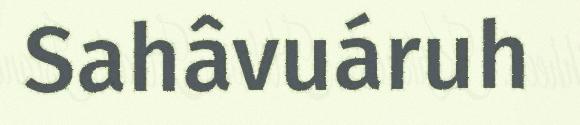
Sahâvuáruh